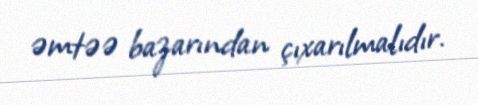
əmtəə bazarından çıxarılmalıdır.